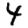
Digit: 4